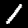
Digit: 1